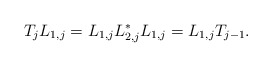
\begin{align*} T_{j}L_{1,j} = L_{1,j}L_{2,j}^*L_{1,j} = L_{1,j}T_{j-1}.\end{align*}